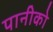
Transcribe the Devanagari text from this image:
पानीको